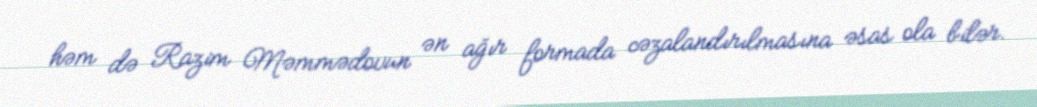
həm də Razim Məmmədovun ən ağır formada cəzalandırılmasına əsas ola bilər.